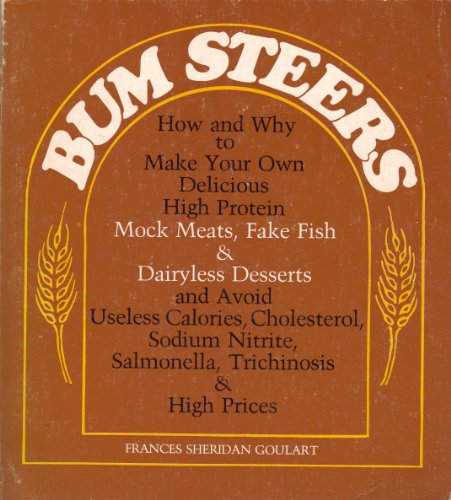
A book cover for Bum Steers: How and Why to Make Your Own Delicious High Protein Mock Meats, Fake Fish and Dairyless Desserts, and Avoid Useless Calories, Cholesterol, Sodium nitr; Frances Sheridan Goulart; Cookbooks, Food & Wine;